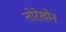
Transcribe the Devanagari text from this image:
तोरेखोन